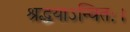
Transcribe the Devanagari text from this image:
श्रद्धयाऽन्वितः।